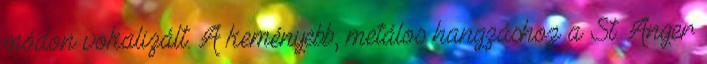
módon vokalizált. A keményebb, metálos hangzáshoz a St. Anger